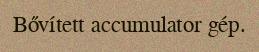
Bővített accumulator gép.